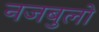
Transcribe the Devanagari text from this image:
नजबुलो